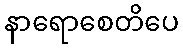
နာရောစေတိပေ